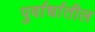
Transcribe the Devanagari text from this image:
पुर्वार्धातील